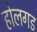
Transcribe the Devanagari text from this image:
होलगड